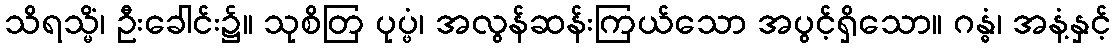
သိရသ္မိံ၊ ဦးခေါင်း၌။ သုစိတြ ပုပ္ဖံ၊ အလွန်ဆန်းကြယ်သော အပွင့်ရှိသော။ ဂန္ဓံ၊ အနံ့နှင့်